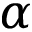
\alpha